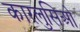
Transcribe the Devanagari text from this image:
कारलुसिओ